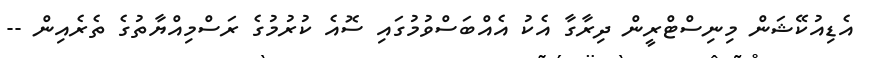
އެޑިއުކޭޝަން މިނިސްޓްރީން ދިރާގާ އެކު އެއްބަސްވުމުގައި ސޮއެ ކުރުމުގެ ރަސްމިއްޔާތުގެ ތެރެއިން --